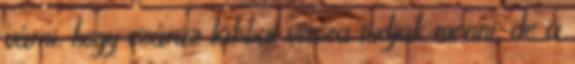
várni, hogy száraz lábbal vissza tudjak menni, de a